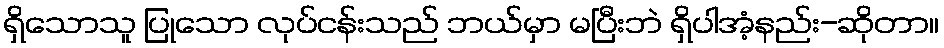
ရှိသောသူ ပြုသော လုပ်ငန်းသည် ဘယ်မှာ မပြီးဘဲ ရှိပါအံ့နည်း-ဆိုတာ။